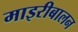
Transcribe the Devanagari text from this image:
माइरीबालन